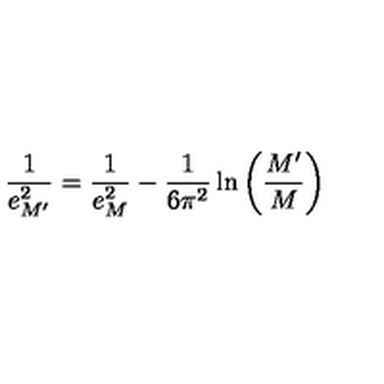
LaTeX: \frac { 1 } { e _ { M ^ { \prime } } ^ { 2 } } = \frac { 1 } { e _ { M } ^ { 2 } } - \frac { 1 } { 6 \pi ^ { 2 } } \ln \left( \frac { M ^ { \prime } } { M } \right)